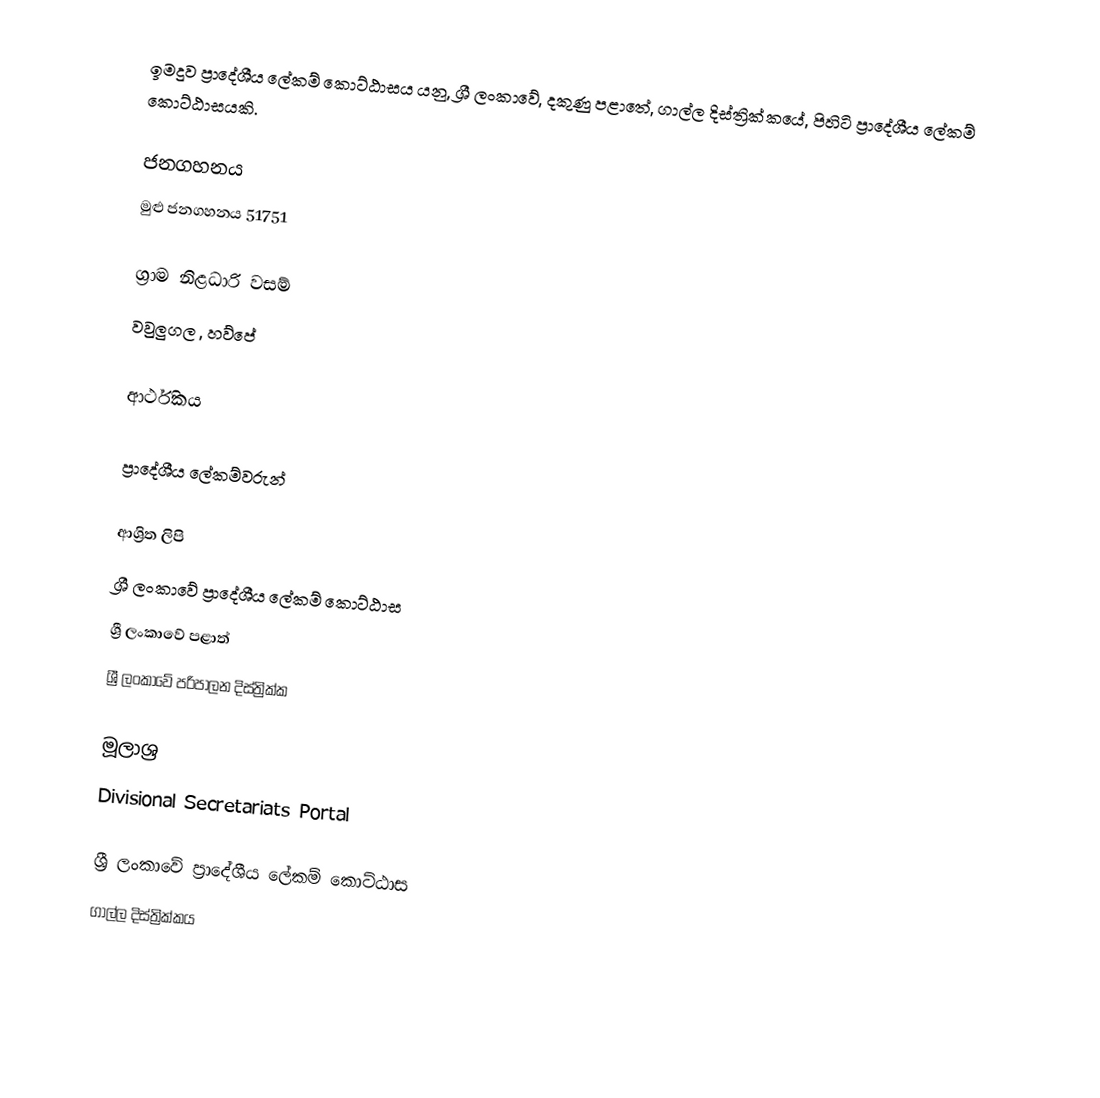
ඉමදුව ප්‍රාදේශීය ලේකම් කොට්ඨාසය යනු,  ශ්‍රී ලංකාවේ, දකුණු පළාතේ,   ගාල්ල දිස්ත්‍රික්කයේ, පිහිටි ප්‍රාදේශීය ලේකම් කොට්ඨාසයකි.

ජනගහනය
මුළු ජනගහනය 51751

ග්‍රාම නිළධාරි වසම්
වවුලුගල , හව්පේ

ආර්ථිකය

ප්‍රාදේශීය ලේකම්වරුන්

ආශ්‍රිත ලිපි
ශ්‍රී ලංකාවේ ප්‍රාදේශීය ලේකම් කොට්ඨාස
ශ්‍රී ලංකාවේ පළාත්
ශ්‍රී ලංකාවේ පරිපාලන දිස්ත්‍රික්ක

මූලාශ්‍ර
 Divisional Secretariats Portal

ශ්‍රී ලංකාවේ ප්‍රාදේශීය ලේකම් කොට්ඨාස
ගාල්ල දිස්ත්‍රික්කය